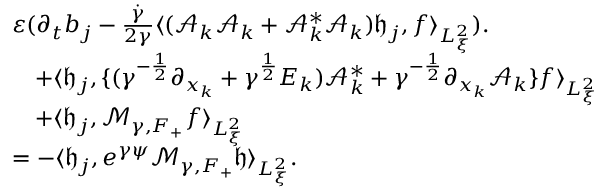
\begin{array} { r l } & { \varepsilon ( \partial _ { t } b _ { j } - \frac { \dot { \gamma } } { 2 \gamma } \langle ( \mathcal A _ { k } \mathcal A _ { k } + \mathcal A _ { k } ^ { * } \mathcal A _ { k } ) \mathfrak h _ { j } , f \rangle _ { L _ { \xi } ^ { 2 } } ) . } \\ & { \quad + \langle \mathfrak h _ { j } , \{ ( \gamma ^ { - \frac { 1 } { 2 } } \partial _ { x _ { k } } + \gamma ^ { \frac { 1 } { 2 } } E _ { k } ) \mathcal A _ { k } ^ { * } + \gamma ^ { - \frac { 1 } { 2 } } \partial _ { x _ { k } } \mathcal A _ { k } \} f \rangle _ { L _ { \xi } ^ { 2 } } } \\ & { \quad + \langle \mathfrak h _ { j } , \mathcal M _ { \gamma , F _ { + } } f \rangle _ { L _ { \xi } ^ { 2 } } } \\ & { = - \langle \mathfrak h _ { j } , e ^ { \gamma \psi } \mathcal M _ { \gamma , F _ { + } } \mathfrak h \rangle _ { L _ { \xi } ^ { 2 } } . } \end{array}